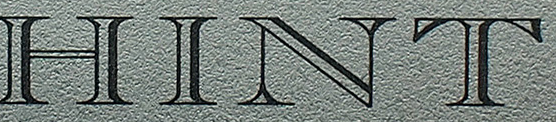
HINT